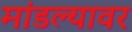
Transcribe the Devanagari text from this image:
मांडल्यावर